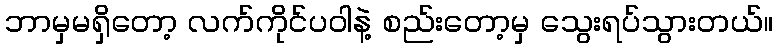
ဘာမှမရှိတော့ လက်ကိုင်ပဝါနဲ့ စည်းတော့မှ သွေးရပ်သွားတယ်။